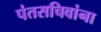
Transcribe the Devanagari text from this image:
पंतसचिवांना